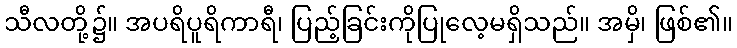
သီလတို့၌။ အပရိပူရိကာရီ၊ ပြည့်ခြင်းကိုပြုလေ့မရှိသည်။ အမှိ၊ ဖြစ်၏။